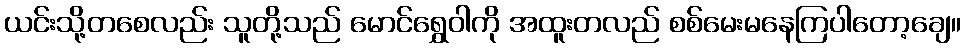
ယင်းသို့တစေလည်း သူတို့သည် မောင်ရွှေဝါကို အထူးတလည် စစ်မေးမနေကြပါတော့ချေ။